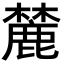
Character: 麓